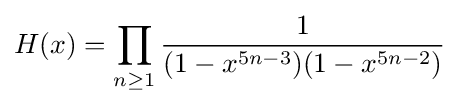
H(x)=\prod _{n\geq 1}{\frac {1}{(1-x^{5n-3})(1-x^{5n-2})}}